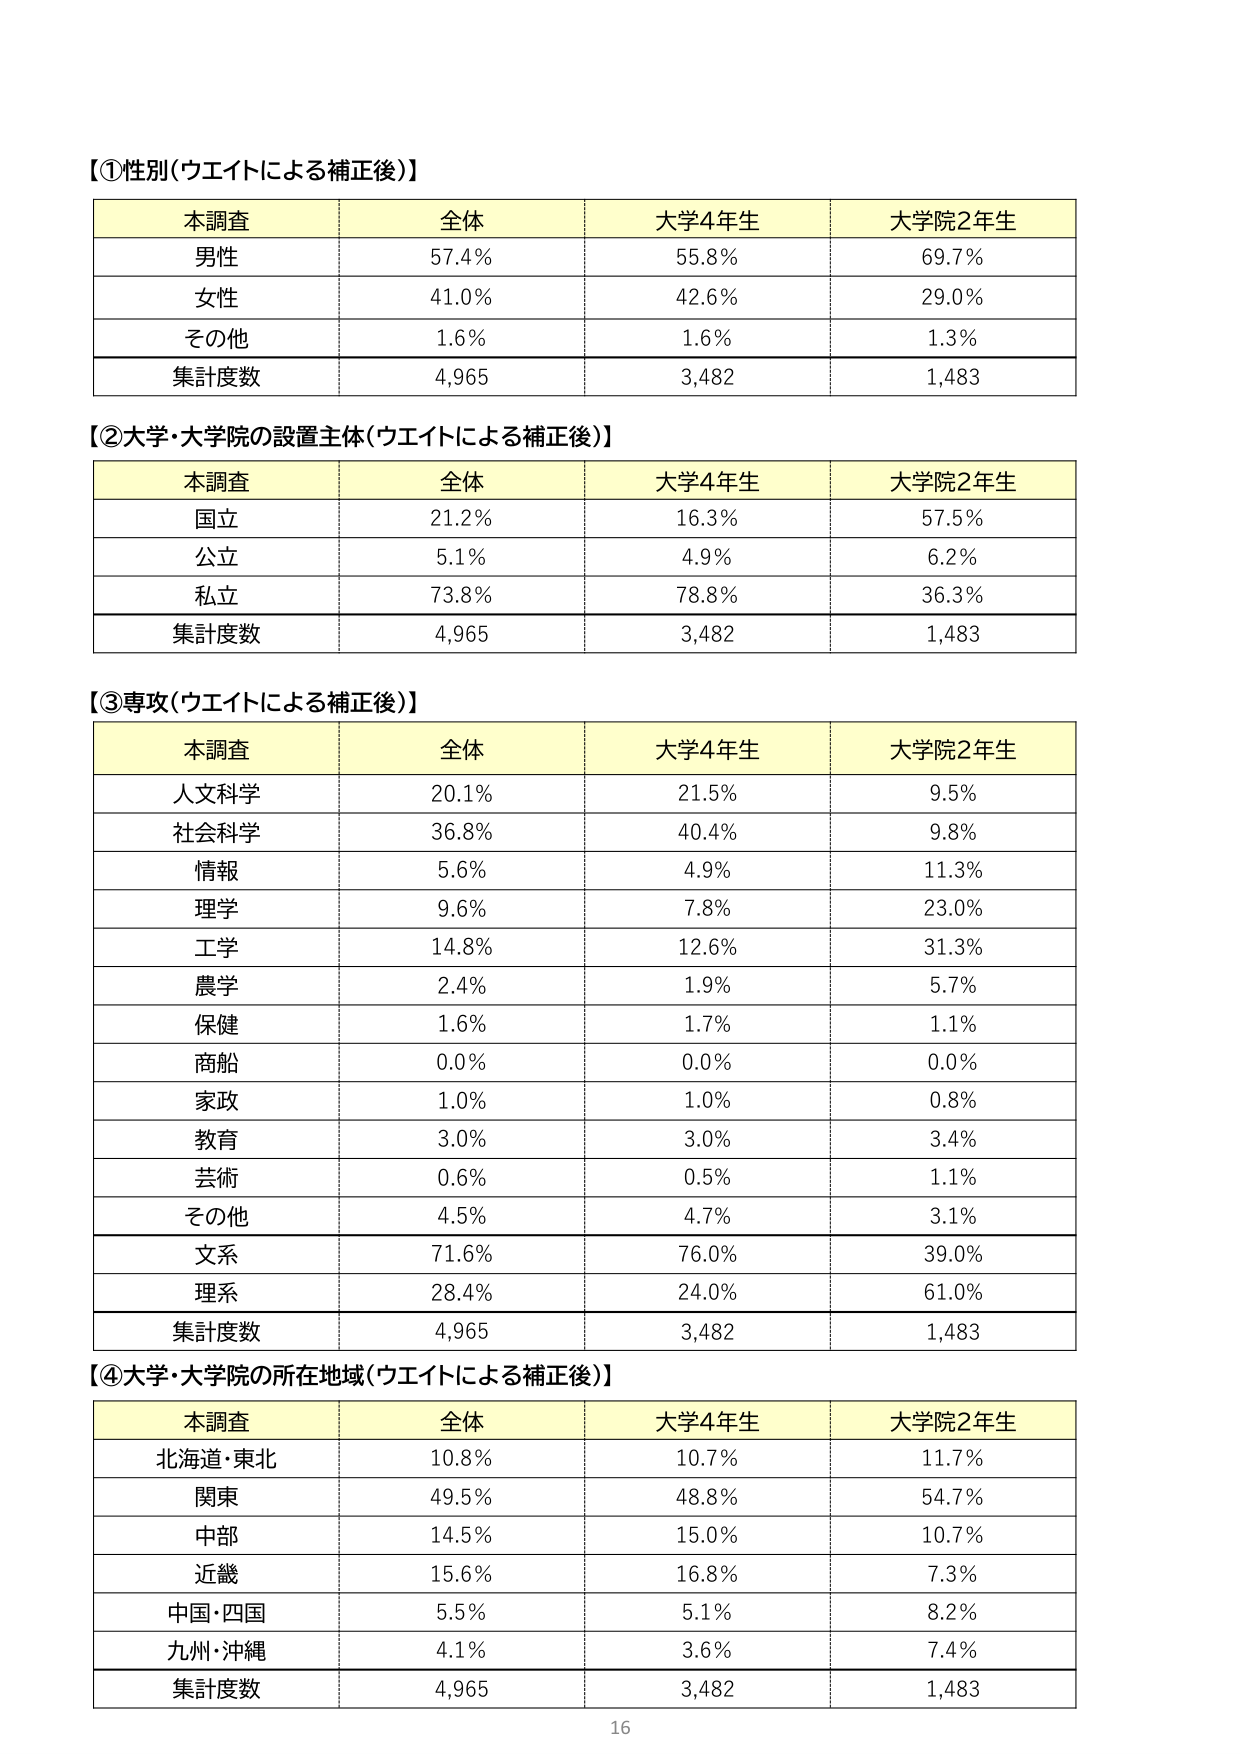
【①性別（ウエイトによる補正後）】
本調査 全体 大学4年生 大学院2年生
男性 57.4% 55.8% 69.7%
女性 41.0% 42.6% 29.0%
その他 1.6% 1.6% 1.3%
集計度数 4,965 3,482 1,483

【②大学・大学院の設置主体（ウエイトによる補正後）】
本調査 全体 大学4年生 大学院2年生
国立 21.2% 16.3% 57.5%
公立 5.1% 4.9% 6.2%
私立 73.8% 78.8% 36.3%
集計度数 4,965 3,482 1,483

【③専攻（ウエイトによる補正後）】
本調査 全体 大学4年生 大学院2年生
人文科学 20.1% 21.5% 9.5%
社会科学 36.8% 40.4% 9.8%
情報 5.6% 4.9% 11.3%
理学 9.6% 7.8% 23.0%
工学 14.8% 12.6% 31.3%
農学 2.4% 1.9% 5.7%
保健 1.6% 1.7% 1.1%
商船 0.0% 0.0% 0.0%
家政 1.0% 1.0% 0.8%
教育 3.0% 3.0% 3.4%
芸術 0.6% 0.5% 1.1%
その他 4.5% 4.7% 3.1%
文系 71.6% 76.0% 39.0%
理系 28.4% 24.0% 61.0%
集計度数 4,965 3,482 1,483

【④大学・大学院の所在地域（ウエイトによる補正後）】
本調査 全体 大学4年生 大学院2年生
北海道・東北 10.8% 10.7% 11.7%
関東 49.5% 48.8% 54.7%
中部 14.5% 15.0% 10.7%
近畿 15.6% 16.8% 7.3%
中国・四国 5.5% 5.1% 8.2%
九州・沖縄 4.1% 3.6% 7.4%
集計度数 4,965 3,482 1,483

16